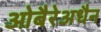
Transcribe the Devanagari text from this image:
ओबैरेअधैन